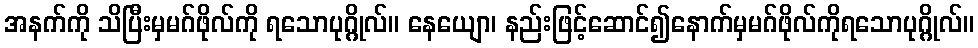
အနက်ကို သိပြီးမှမဂ်ဖိုလ်ကို ရသောပုဂ္ဂိုလ်။ နေယျော၊ နည်းဖြင့်ဆောင်၍နောက်မှမဂ်ဖိုလ်ကိုရသောပုဂ္ဂိုလ်။